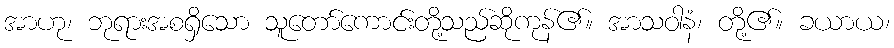
အာဟု၊ ဘုရားအစရှိသော သူတော်ကောင်းတို့သည်ဆိုကုန်၏။ အာသဝါနံ၊ တို့၏။ ခယာယ၊